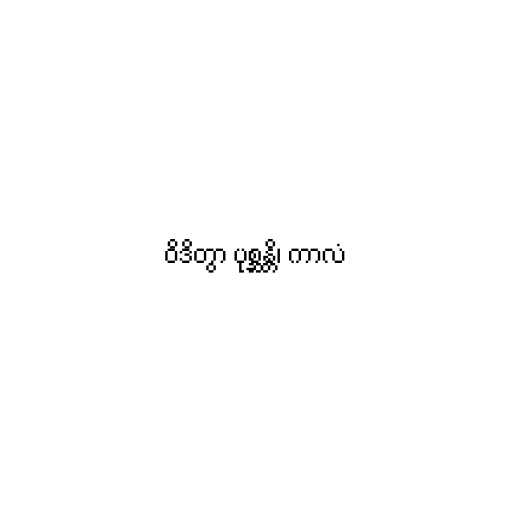
ဝိဒိတွာ ပုစ္ဆန္တိ၊ ကာလံ